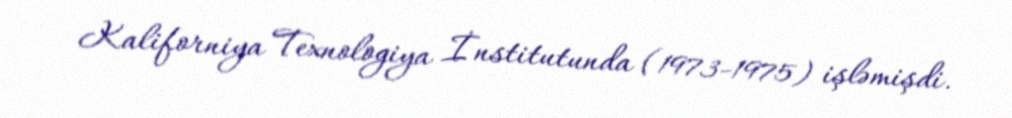
Kaliforniya Texnologiya İnstitutunda (1973-1975) işləmişdi.